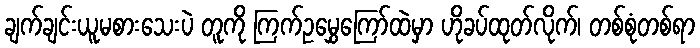
ချက်ချင်းယူမစားသေးပဲ တူကို ကြက်ဥမွှေကြော်ထဲမှာ ဟိုခပ်ထုတ်လိုက်၊ တစ်စုံတစ်ရာ